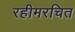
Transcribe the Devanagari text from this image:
रहीमरचित